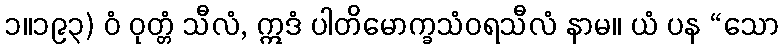
၁။၁၉၃) ဝံ ဝုတ္တံ သီလံ, ဣဒံ ပါတိမောက္ခသံဝရသီလံ နာမ။ ယံ ပန “သော